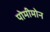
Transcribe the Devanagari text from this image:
पोमीमोन